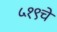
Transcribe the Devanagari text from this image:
५१९चे